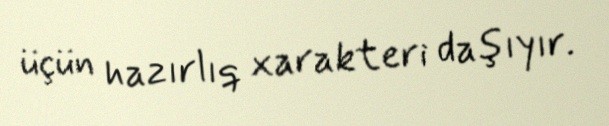
üçün hazırlıq xarakteri daşıyır.